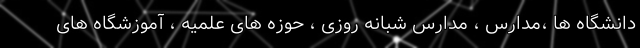
دانشگاه ها ،مدارس ، مدارس شبانه روزی ، حوزه های علمیه ، آموزشگاه های